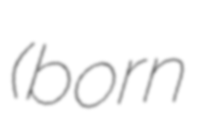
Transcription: (born